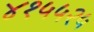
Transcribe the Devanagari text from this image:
४१५५२५